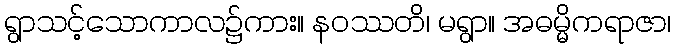
ရွာသင့်သောကာလ၌ကား။ နဝဿတိ၊ မရွာ။ အဓမ္မိကရာဇာ၊